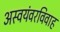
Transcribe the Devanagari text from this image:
अस्वयंवरविवाह